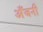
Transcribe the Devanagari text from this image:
अँजनी